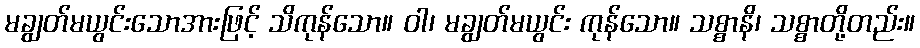
မချွတ်မယွင်းသောအားဖြင့် သိကုန်သော။ ဝါ၊ မချွတ်မယွင်း ကုန်သော။ သစ္စာနိ၊ သစ္စာတို့တည်း။